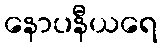
နောပနီယရေ